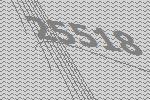
25518